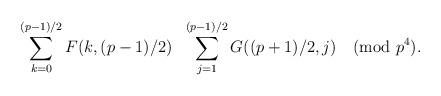
LaTeX: \begin{align*} \sum_{k=0}^{(p-1)/2}F(k,(p-1)/2)~~\sum_{j=1}^{(p-1)/2}G((p+1)/2,j)\pmod{p^4}.\end{align*}